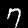
Digit: 7